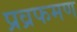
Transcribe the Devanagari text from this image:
प्रव्रफमण